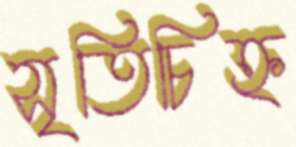
সৃতিচিহ্ন